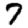
Digit: 7